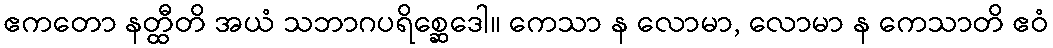
ဧကတော နတ္ထီတိ အယံ သဘာဂပရိစ္ဆေဒေါ။ ကေသာ န လောမာ, လောမာ န ကေသာတိ ဧဝံ